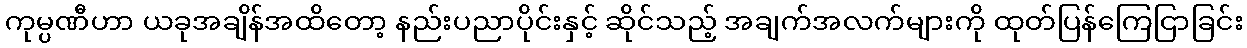
ကုမ္ပဏီဟာ ယခုအချိန်အထိတော့ နည်းပညာပိုင်းနှင့် ဆိုင်သည့် အချက်အလက်များကို ထုတ်ပြန်ကြေငြာခြင်း